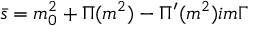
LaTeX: \bar { s } = m _ { 0 } ^ { 2 } + \Pi ( m ^ { 2 } ) - \Pi ^ { \prime } ( m ^ { 2 } ) i m \Gamma